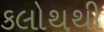
કલોથથી